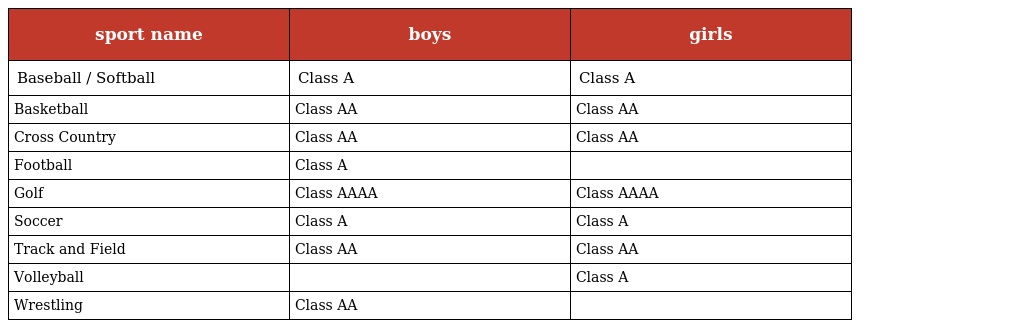
| sport name | boys | girls |
 | --- | --- | --- |
 | Baseball / Softball | Class A | Class A |
 | Basketball | Class AA | Class AA |
 | Cross Country | Class AA | Class AA |
 | Football | Class A |  |
 | Golf | Class AAAA | Class AAAA |
 | Soccer | Class A | Class A |
 | Track and Field | Class AA | Class AA |
 | Volleyball |  | Class A |
 | Wrestling | Class AA |  |